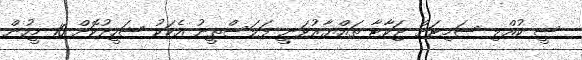
ސީ ކުއްލި ސަމިޓަށް ޖަކާޓާ ތައްޔާރުވަނީ ފަލަސްތީނު އެކަކު ޝަހީދުކޮށް 10 މީހުން